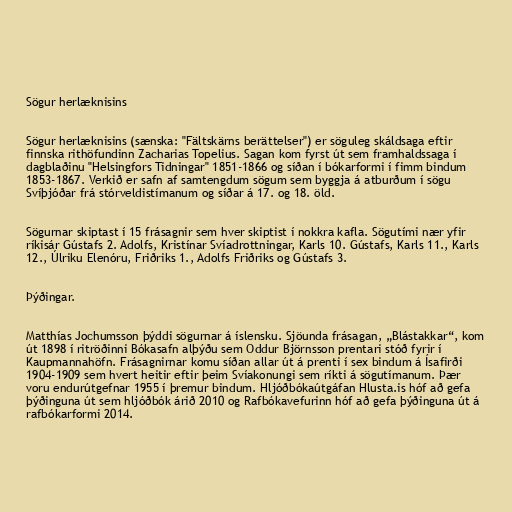
Sögur herlæknisins

Sögur herlæknisins (sænska: "Fältskärns berättelser") er söguleg skáldsaga eftir
finnska rithöfundinn Zacharias Topelius. Sagan kom fyrst út sem framhaldssaga í
dagblaðinu "Helsingfors Tidningar" 1851-1866 og síðan í bókarformi í fimm bindum
1853-1867. Verkið er safn af samtengdum sögum sem byggja á atburðum í sögu
Svíþjóðar frá stórveldistímanum og síðar á 17. og 18. öld.

Sögurnar skiptast í 15 frásagnir sem hver skiptist í nokkra kafla. Sögutími nær yfir
ríkisár Gústafs 2. Adolfs, Kristínar Svíadrottningar, Karls 10. Gústafs, Karls 11., Karls
12., Úlriku Elenóru, Friðriks 1., Adolfs Friðriks og Gústafs 3.

Þýðingar.

Matthías Jochumsson þýddi sögurnar á íslensku. Sjöunda frásagan, „Blástakkar“, kom
út 1898 í ritröðinni Bókasafn alþýðu sem Oddur Björnsson prentari stóð fyrir í
Kaupmannahöfn. Frásagnirnar komu síðan allar út á prenti í sex bindum á Ísafirði
1904-1909 sem hvert heitir eftir þeim Svíakonungi sem ríkti á sögutímanum. Þær
voru endurútgefnar 1955 í þremur bindum. Hljóðbókaútgáfan Hlusta.is hóf að gefa
þýðinguna út sem hljóðbók árið 2010 og Rafbókavefurinn hóf að gefa þýðinguna út á
rafbókarformi 2014.